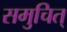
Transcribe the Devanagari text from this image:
समुचित्